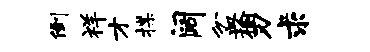
倒祥才揲阔盆榆刃求